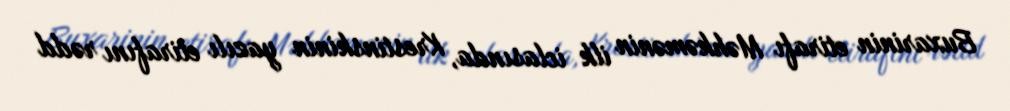
Buxarinin etirafı Məhkəmənin ilk iclasında, Krestinskinin yazılı etirafını rədd